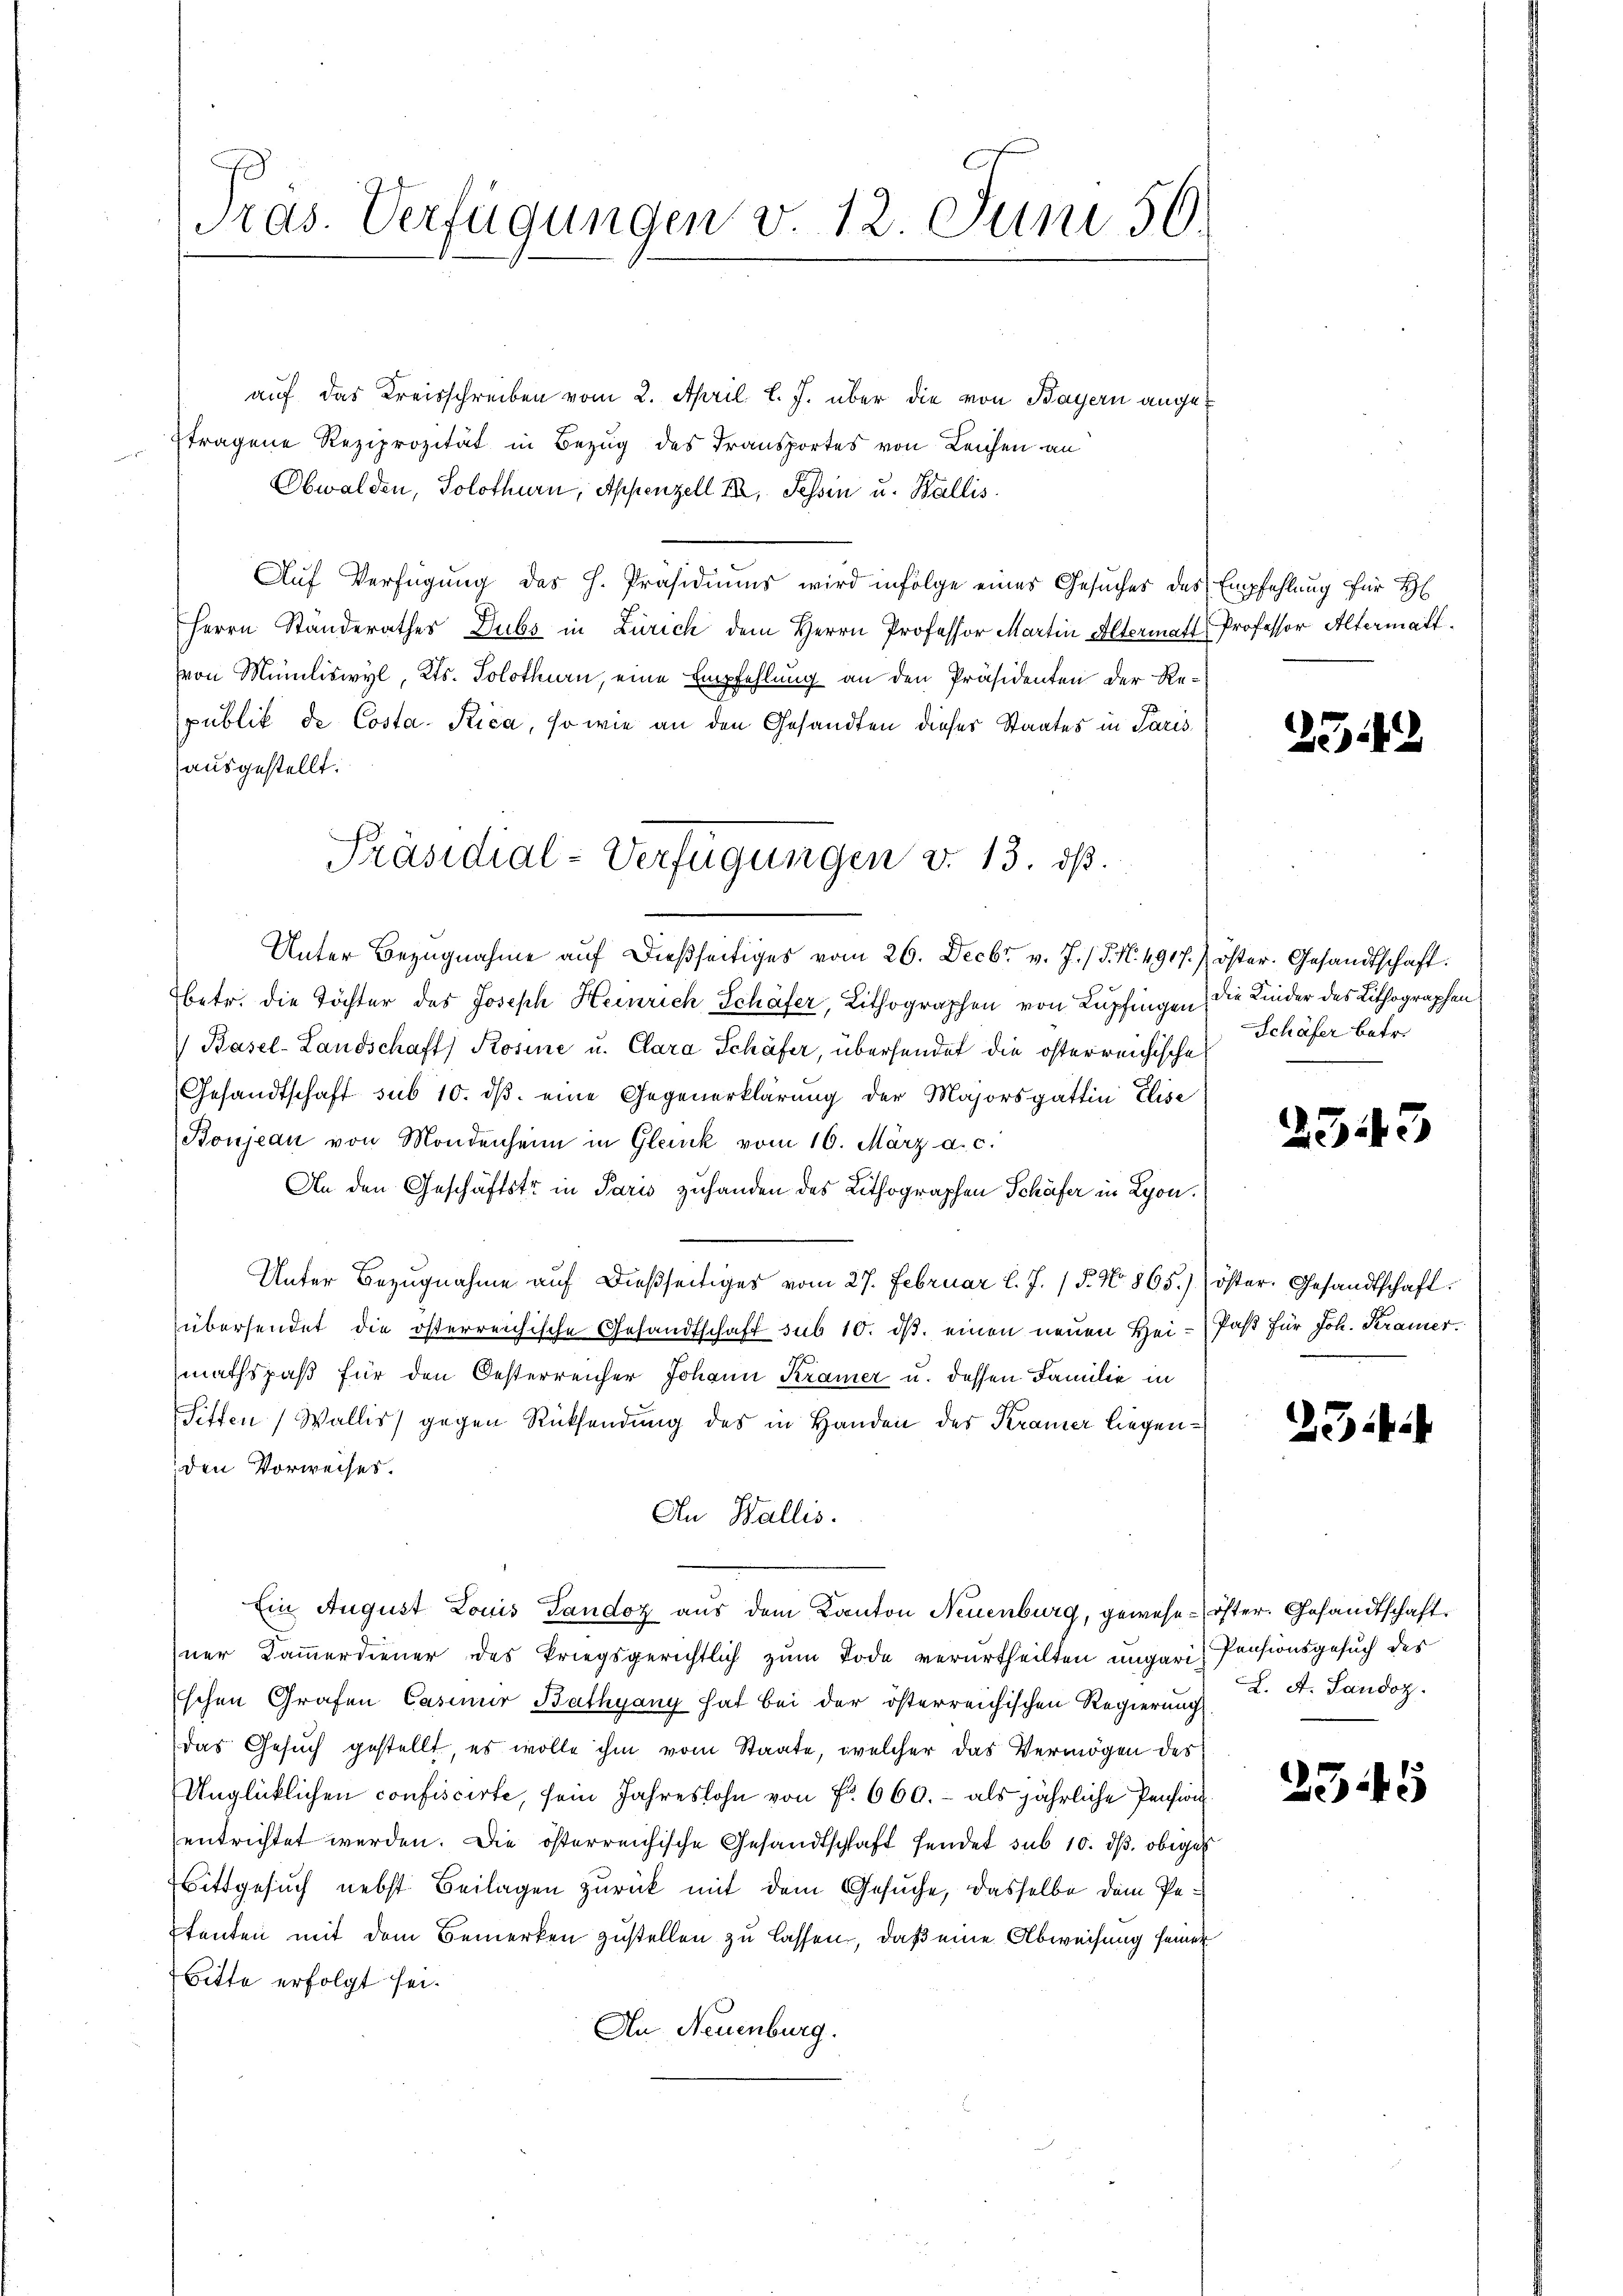
Tras. Verfügungen v. 12. Juni 50.

auf das Kreisschreiben vom 2. April l. J. über die von Bayern angetragene Reziprozität in Bezug des Transportes von Leichen an
elche
Obwalden, Solothurn, Appenzell I. Tessin u. Wallis
Aŭf Verfügung des H. Präsidiums wird infolge eines Gesuches des Empfehlung für H
Herrn Ständerathes Dubs in Zürich dem Herrn Professor Martin Altermatt Professor Altermatt
von Mumiliswyl, Kts. Solothurn, eine Empfehlung an den Präsidenten der Republik de Costa Rica, so wie an den Gesandten dieser Staates in Parisausgestellt.
Unter Bezŭgnahme aŭf dießseitiges vom 26. Decbr. v. J. /. M. 4917.) öster. Gesandtschaft.
betr. die Töchter des Joseph Heinrich Schäfer, Lithographen von Lupfingen, die Kinder des Lithographen
Basel-Landschaft Rosine u. Clara Schäfer, übersendet die österreichische
Gesandtschaft sub 10. dβ eine Gegenerklärung der Majorsgattin Elise
Boujean von Mondenheim in Glank vom 16. März a. c.
An den Geschäftstr. in Paris zuhanden des Lithographen Schäfer in Lyon.
Unter Bezugnahme auf dießseitiges vom 27. Februar l. J. / 5. No 865). öster. Gesandtschaft
übersendet die österreichische Gesandtschaft sub 10. dβ einen neuen Hei-Past für Joh. Kramer.
mathspaß für den Oesterreicher Johann Kramer u. dessen Familie in
Sitten Wallis) gegen Rücksendung des in Handen des Kramer liegenden Vorweises.
An Wallis.
Ein August Louis Gandoz aus dem Kanton Neuenburg, gewese- öfter. Gesandtschaft
ner Kammerdiener des kriegsgerichtlich zum Tode verurtheilten ungari, Pensionsgesuch des
schen Grafen Casinur Bathyany hat bei der österreichischen Regierung
das Gesuch gestellt, es wolle ihm vom Staate, welcher das Vermögen des
Unglücklichen confiscirte, sein Jahreslohn von Fr. 660. - als jährliche Pension
entrichtet werden. Die österreichische Gesandtschaft sendet sub 10. ds. obiges
Bittgesuch nebst Beilagen zurück mit dem Gesuche, dasselbe dem Pe¬
Etenten mit dem Bemerken zustellen zu lassen, daß eine Abweisung seiner
Bitte erfolgt sei.
An Neuenburg.

Präsidial-Verfügungen v. 13. ds.

25.2

Schäfer betr.

2543

234.

L. A. Landoz.

2345